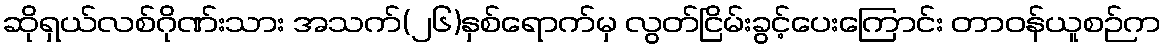
ဆိုရှယ်လစ်ဂိုဏ်းသား အသက်(၂၆)နှစ်ရောက်မှ လွတ်ငြိမ်းခွင့်ပေးကြောင်း တာဝန်ယူစဉ်က